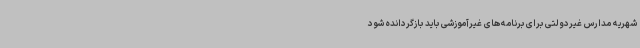
شهریه مدارس غیردولتی برای برنامه‌های غیرآموزشی باید بازگردانده شود